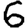
Digit: 6